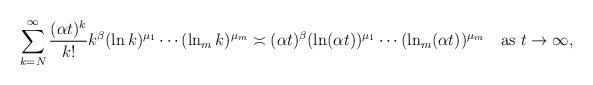
LaTeX: \begin{align*}\sum_{k=N}^\infty\frac{(\alpha t)^k}{k!}k^\beta(\ln k)^{\mu_1}\cdots(\ln_mk)^{\mu_m}\asymp(\alpha t)^\beta(\ln (\alpha t))^{\mu_1}\cdots(\ln_m(\alpha t))^{\mu_m}\quad\mbox{as $t\to\infty$},\end{align*}